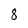
Character: 8